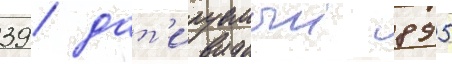
39 / дат'ируемыи 895